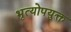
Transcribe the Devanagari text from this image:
भृत्योपयुक्त